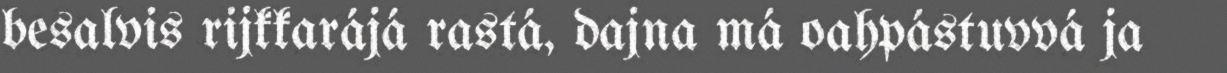
besalvis rijkkarájá rastá, dajna má oahpástuvvá ja